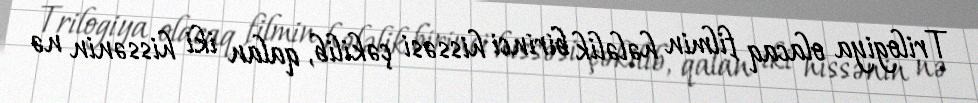
Trilogiya olacaq filmin hələlik birinci hissəsi çəkilib, qalan iki hissənin nə